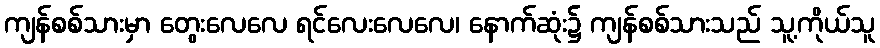
ကျန်စစ်သားမှာ တွေးလေလေ ရင်လေးလေလေ၊ နောက်ဆုံး၌ ကျန်စစ်သားသည် သူ့ကိုယ်သူ